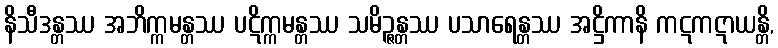
နိသီဒန္တဿ အဘိက္ကမန္တဿ ပဋိက္ကမန္တဿ သမိဉ္ဇန္တဿ ပသာရေန္တဿ အဋ္ဌိကာနိ ကဋကဋာယန္တိ,